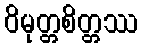
ဝိမုတ္တစိတ္တဿ